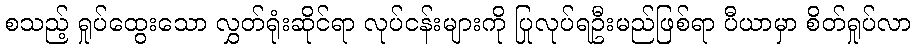
စသည့် ရှုပ်ထွေးသော လွှတ်ရုံးဆိုင်ရာ လုပ်ငန်းများကို ပြုလုပ်ရဦးမည်ဖြစ်ရာ ပီယာမှာ စိတ်ရှုပ်လာ